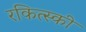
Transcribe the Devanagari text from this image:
रकित्स्की